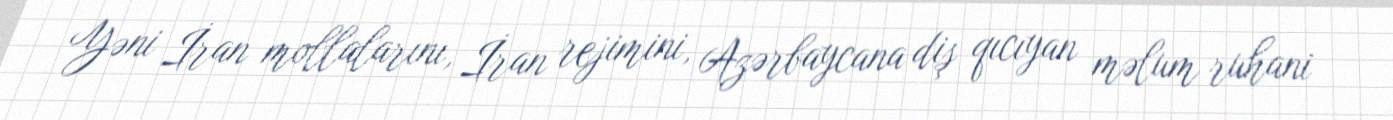
Yəni İran mollalarını, İran rejimini, Azərbaycana diş qıcıyan məlum ruhani